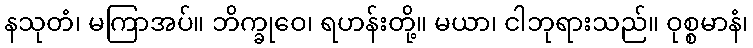
နသုတံ၊ မကြာအပ်။ ဘိက္ခုဝေ၊ ရဟန်းတို့။ မယာ၊ ငါဘုရားသည်။ ဝုစ္စမာနံ၊